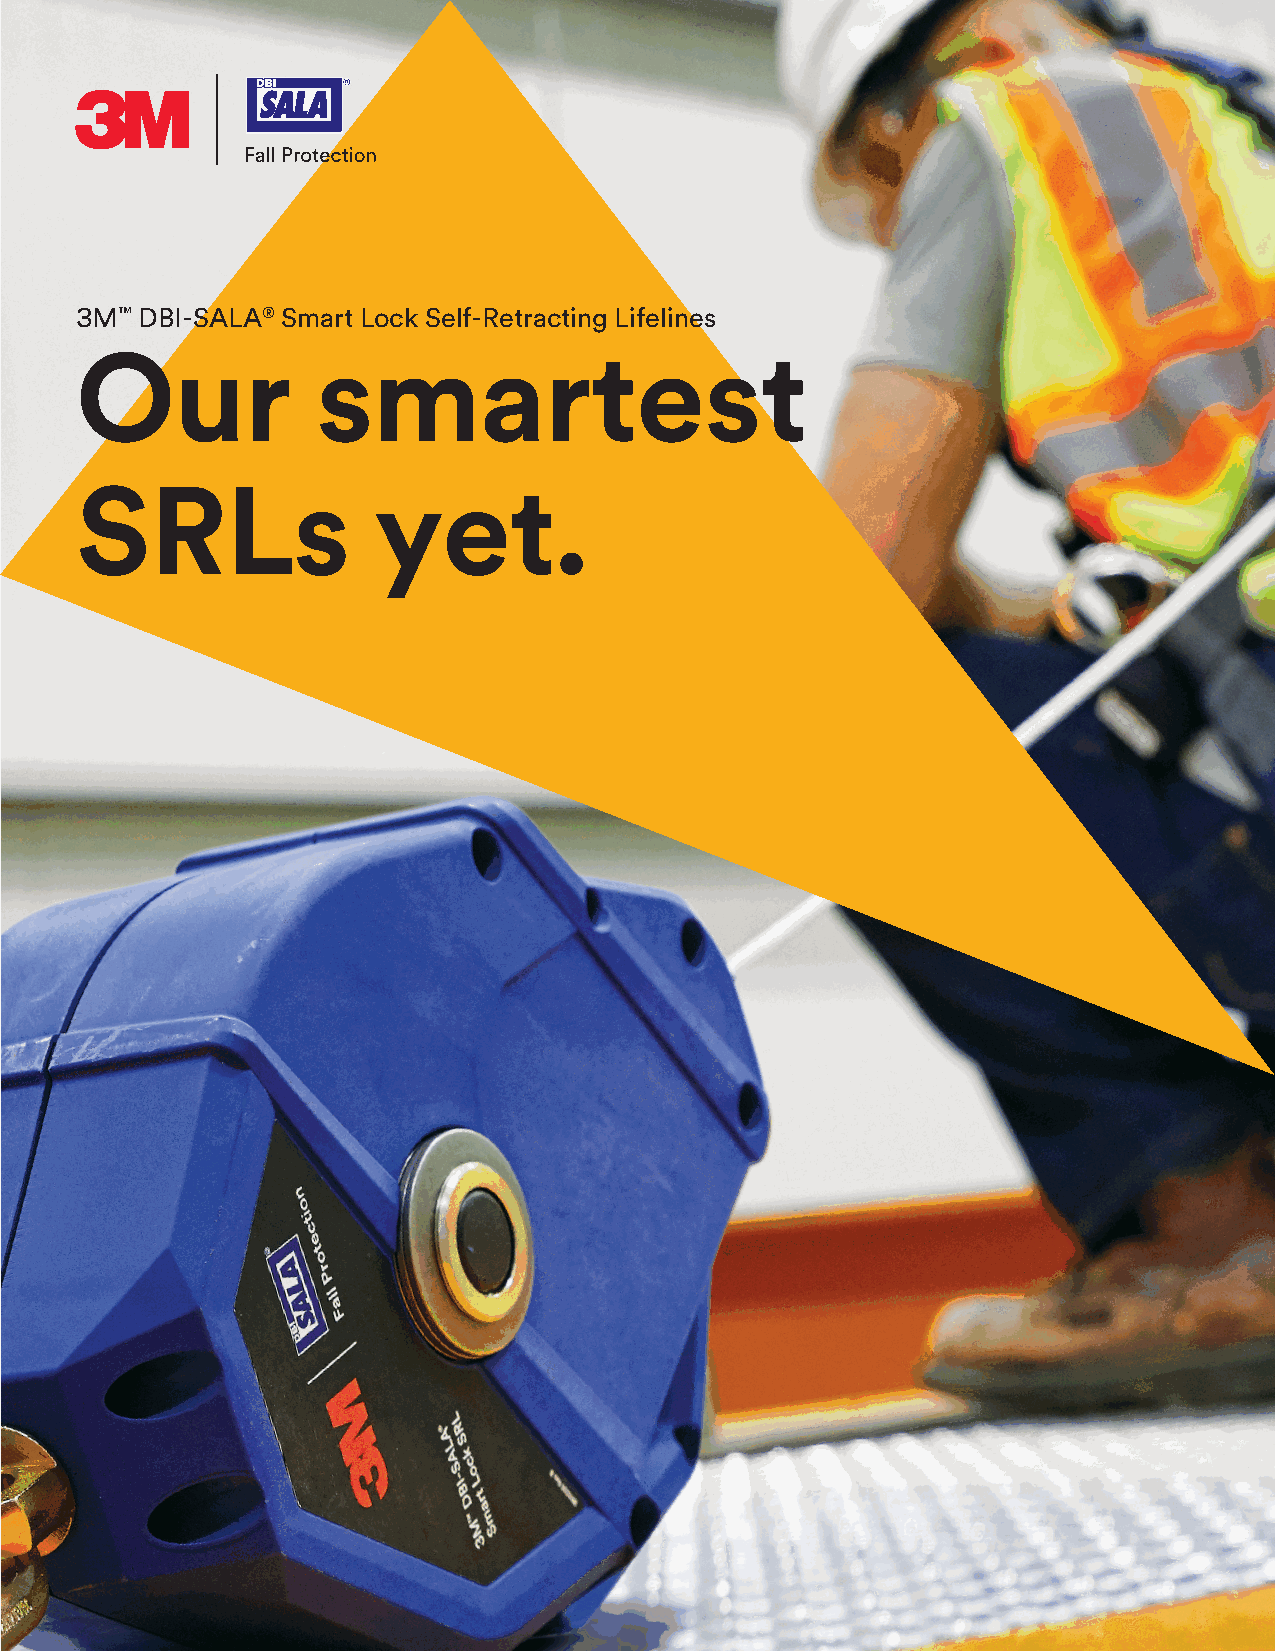
3M™ DBI-SALA® Smart Lock Self-Retracting Lifelines
 Our             smartest
 SRLs                yet.